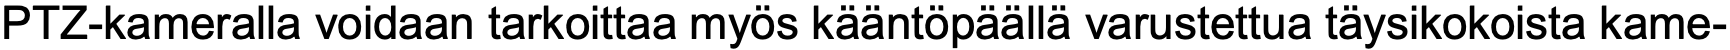
PTZ-kameralla voidaan tarkoittaa myös kääntöpäällä varustettua täysikokoista kame-